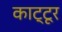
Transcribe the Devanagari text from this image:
काट्टूर